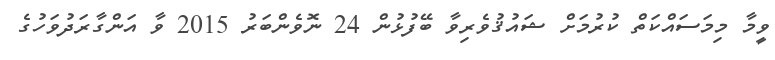
ވީމާ މިމަސައްކަތް ކުރުމަށް ޝައުޤުވެރިވާ ބޭފުޅުން 24 ނޮވެންބަރު 2015 ވާ އަންގާރަދުވަހުގެ